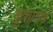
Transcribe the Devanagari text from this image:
कुशादगी